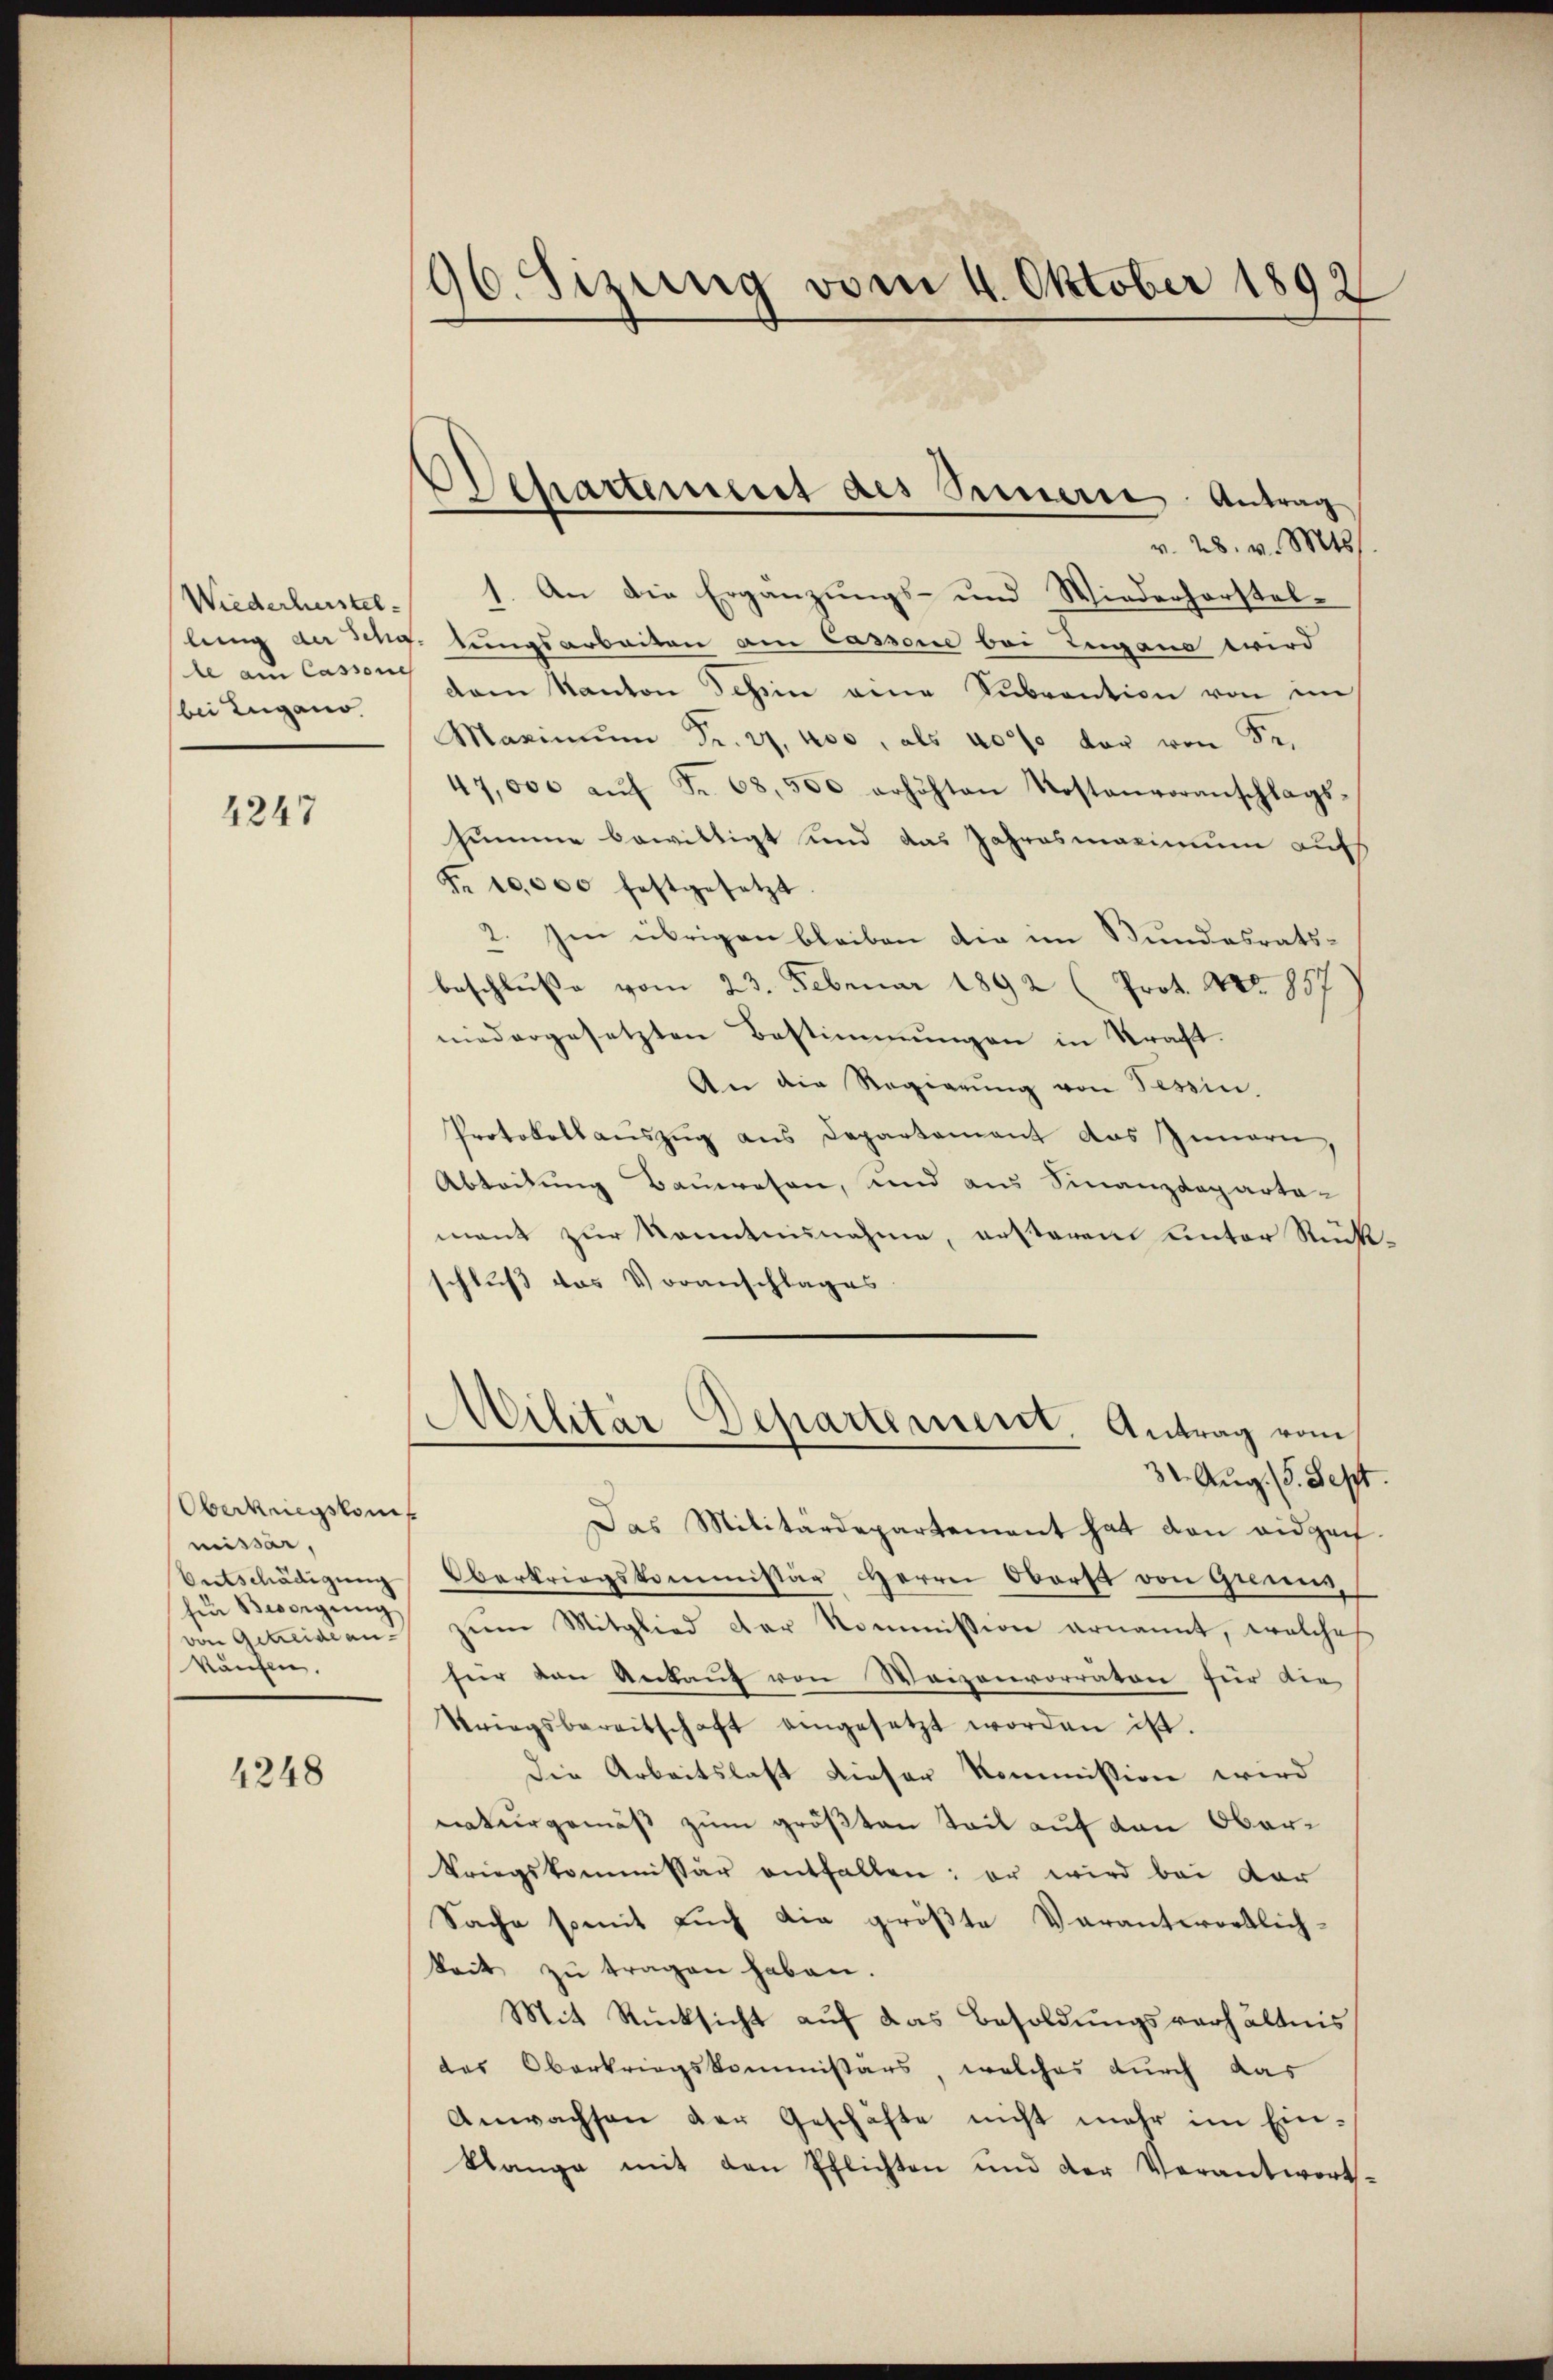
Wiederherstelle am Cassene
bei Zugano.

4247

Oberkriegskom
missar,
Entschädigung
für Besorgŭng
von Getreide ankaufen.

4248

96. Sizung vom 4. Oktober 1892

Departement des Innern Antrag

1
v. 28. v. Mts.
). An die Ergänzungs- und Wiederhorstellung der Schg. lungsarbeiten am Cassene bei Zugano wird
dam Kanton Teßin eine Subvention von im
Maximŭm Fr. 27, 400, als 40% der von Fr.
47,000 aŭf Fr. 68,500 erhöhten Kostenvoranschlags-
summe bewilligt und das Jahresmaxinium aufs
Fr. 10,000 festgesetzt.
2. Im übrigen bleiben die im Bundesratsbeschlŭβe vom 23. Februar 1892 (Prot. Nr. 857
niedergesetzten Bestimmungen in Straft.
An die Regierŭng von Tessin.
Protokollauszug aus Departement das Innern,
Abteilung Bauwesen, und aus Finanzdeparta-
mant zur Kenntnisnahme, ersterem unter Rückschluß das Voranschlages
Militär-Departement. Antrag vom
32. Aug. (5. Sept.
Das Militärdepartement hat den eidgen.
Oberkriegskommissär Herrn Oberst von Genen,
zum Mitglied der Kommission ernannt, welches
für den Ankauf von Waizenvorräten für die
Kriegsbereitschaft eingesetzt worden ist.
Die Arbeitslast dieser Kommission wird
naturgemäß zum größten Teil auf den Oberkriegskommissär entfallen: er wird bei dar
Sache somit auch die größte Verantwortlich-
keit zu tragen haben.
Mit Rücksicht auf das Besoldungsverhältnis
des Oberkriegskommissärs, welches durch das
Anwachsen der Geschäfte nicht mehr im Einklange mit den Pflichten und der Verantwort-